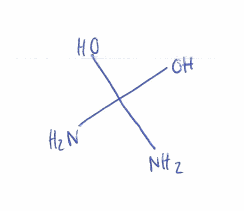
Simplified molecular-input line-entry system (SMILES) notation of the given molecule:
C(N)(N)(O)O